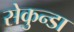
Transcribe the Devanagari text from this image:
सेकुन्डा